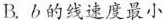
B.b的线速度最小